Report of the Indian Hemp Drugs Commission, 1894-1895 - Volume I
Year: 1894
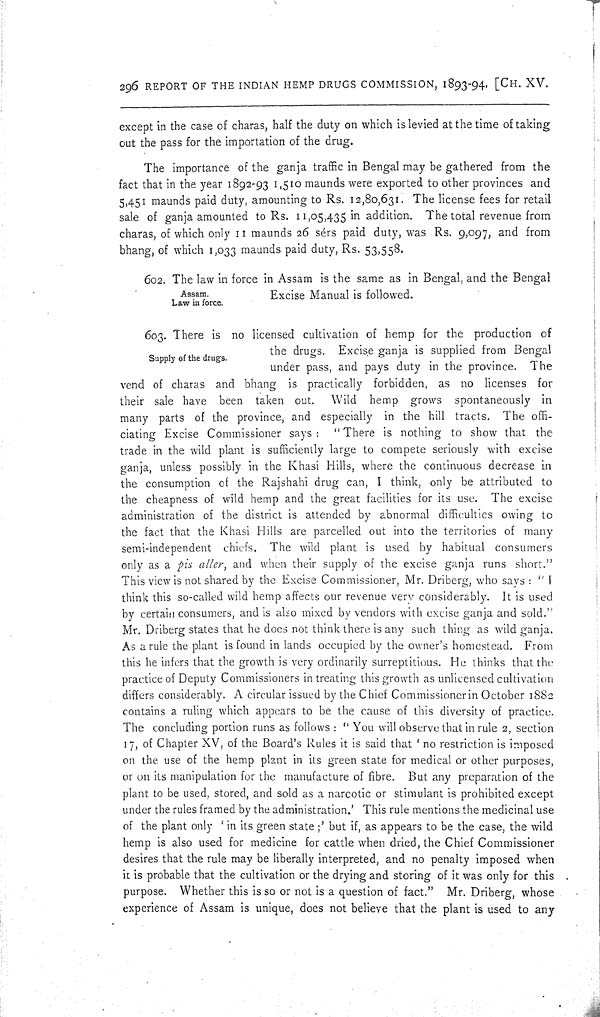
296 REPORT OF THE INDIAN HEMP DRUGS COMMISSION, 1893-94. [CH. XV.
except in the case of charas, half the duty on which is levied at the time of taking
out the pass for the importation of the drug.
The importance of the ganja traffic in Bengal may be gathered from the
fact that in the year 1892-93 1,510 maunds were exported to other provinces and
5,451 maunds paid duty, amounting to Rs. 12,80,631. The license fees for retail
sale of ganja amounted to Rs. 11,05,435 in addition. The total revenue from
charas, of which only 11 maunds 26 sérs paid duty, was Rs. 9,097, and from
bhang, of which 1,033 maunds paid duty, Rs. 53,558.
Assam.
Law in force.
602. The law in force in Assam is the same as in Bengal, and the Bengal
Excise Manual is followed.
Supply of the drugs.
603. There is no licensed cultivation of hemp for the production of
the drugs. Excise ganja is supplied from Bengal
under pass, and pays duty in the province. The
vend of charas and bhang is practically forbidden, as no licenses for
their sale have been taken out.
Wild hemp grows spontaneously in
many parts of the province, and especially in the hill tracts. The offi-
ciating Excise Commissioner says: "There is nothing to show that the
trade in the wild plant is sufficiently large to compete seriously with excise
ganja, unless possibly in the Khasi Hills, where the continuous decrease in
the consumption of the Rajshahi drug can, I think, only be attributed to
the cheapness of wild hemp and the great facilities for its use. The excise
administration of the district is attended by abnormal difficulties owing to
the fact that the Khasi Hills are parcelled out into the territories of many
semi-independent chiefs. The wild plant is used by habitual consumers
only as a pis aller, and when their supply of the excise ganja runs short."
This view is not shared by the Excise Commissioner, Mr. Driberg, who says: "I
think this so-called wild hemp affects our revenue very considerably. It is used
by certain consumers, and is also mixed by vendors with excise ganja and sold."
Mr. Driberg states that he does not think there is any such thing as wild ganja.
As a rule the plant is found in lands occupied by the owner's homestead. From
this he infers that the growth is very ordinarily surreptitious. He thinks that the
practice of Deputy Commissioners in treating this growth as unlicensed cultivation
differs considerably. A circular issued by the Chief Commissioner in October 1882
contains a ruling which appears to be the cause of this diversity of practice.
The concluding portion runs as follows: "You will observe that in rule 2, section
17, of Chapter XV, of the Board's Rules it is said that 'no restriction is imposed
on the use of the hemp plant in its green state for medical or other purposes,
or on its manipulation for the manufacture of fibre. But any preparation of the
plant to be used, stored, and sold as a narcotic or stimulant is prohibited except
under the rules framed by the administration.' This rule mentions the medicinal use
of the plant only 'in its green state;' but if, as appears to be the case, the wild
hemp is also used for medicine for cattle when dried, the Chief Commissioner
desires that the rule may be liberally interpreted, and no penalty imposed when
it is probable that the cultivation or the drying and storing of it was only for this
purpose. Whether this is so or not is a question of fact." Mr. Driberg, whose
experience of Assam is unique, does not believe that the plant is used to any